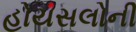
હોયસલોની